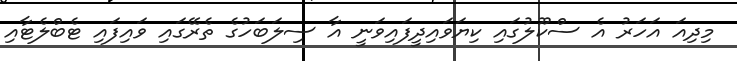
މިދިއަ އަހަރު އެ ސްކޫލުގައި ކިޔަވައިދީފައިވަނީ އާ ސިލަބަހުގެ ތެރޭގައި ވައިފައި ޓެބްލެޓާއި